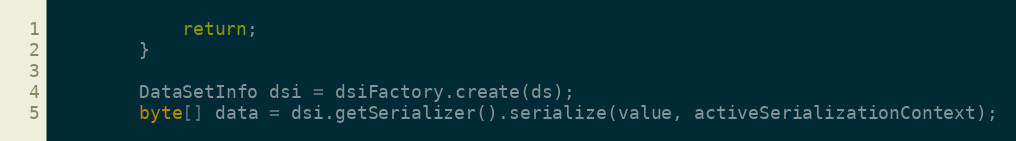
Language: Java
			return;
		}

		DataSetInfo dsi = dsiFactory.create(ds);
		byte[] data = dsi.getSerializer().serialize(value, activeSerializationContext);